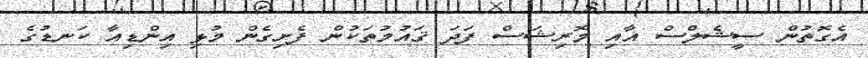
އެގޮތުން ސީޝެލްސް އާއި މޮރިޝަސް ފަދަ ޤައުމުތަކުން ފެށިގެން މުޅި އިންޑިއާ ކަނޑުގެ